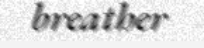
breather